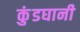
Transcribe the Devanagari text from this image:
कुंडघानी